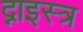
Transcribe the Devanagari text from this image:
द्नाइस्त्र